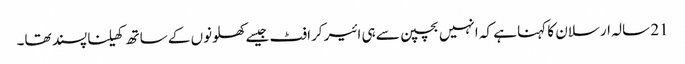
21 سالہ ارسلان کا کہنا ہے کہ انہیں بچپن سے ہی ائیر کرافٹ جیسے کھلونوں کے ساتھ کھیلنا پسند تھا۔